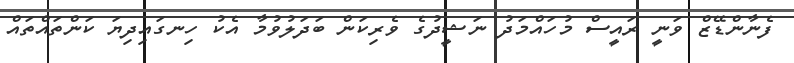
ފެނާންޑޭޒް ވަނީ ރައީސް މުހައްމަދު ނަޝީދުގެ ވެރިކަން ބަދަލުވުމާ އެކު ހިނގައިދިޔަ ކަންތައްތައް